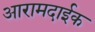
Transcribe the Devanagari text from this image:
आरामदाईक